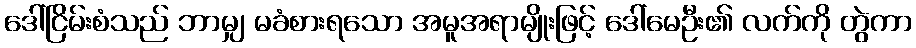
ဒေါ်ငြိမ်းစံသည် ဘာမျှ မခံစားရသော အမူအရာမျိုးဖြင့် ဒေါ်မေဦး၏ လက်ကို တွဲကာ